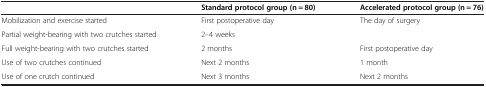
|  | Standard protocol group (n = 80) | Accelerated protocol group (n = 76) |
 | --- | --- | --- |
 | Mobilization and exercise started | First postoperative day | The day of surgery |
 | Partial weight-bearing with two crutches started | 2–4 weeks |  |
 | Full weight-bearing with two crutches started | 2 months | First postoperative day |
 | Use of two crutches continued | Next 2 months | 1 month |
 | Use of one crutch continued | Next 3 months | Next 2 months |